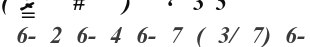
6- 2 6- 4 6- 7 ( 3/ 7) 6-